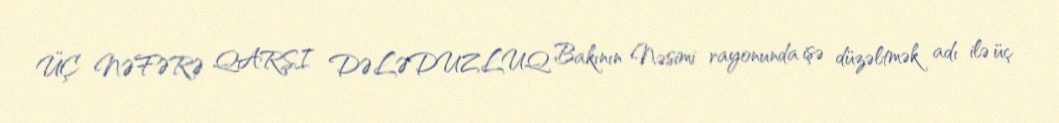
ÜÇ NƏFƏRƏ QARŞI DƏLƏDUZLUQ Bakının Nəsimi rayonunda işə düzəltmək adı ilə üç